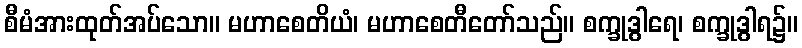
စီမံအားထုတ်အပ်သော။ မဟာစေတိယံ၊ မဟာစေတီတော်သည်။ စက္ခုဒွါရေ၊ စက္ခုဒွါရ၌။